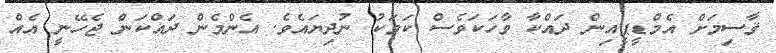
ޤާސިމަށް އެމްޑީޕީއިން ދައްކާ ވާހަކަވެސް ކަމަކު ނުދިޔައެވެ. އެންމެން ދައްކަން ޖެހޭނީ އެއް